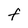
Character: F